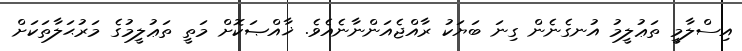
އިސްލާމީ ތަޢުލީމު އުނގެނެން ގިނަ ބަޔަކު ރާއްޖެއަންނާނެއެވެ. ޚާއްޞަކޮށް މަތީ ތަޢުލީމުގެ މަރުޙަލާތަކަށް